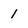
Character: 1